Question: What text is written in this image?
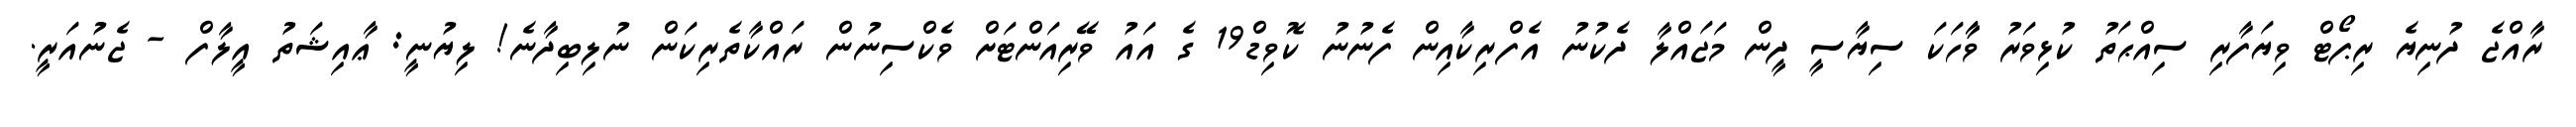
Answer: ރާއްޖެ ދުނިޔެ ރިޕޯޓް ވިޔަފާރި ސިއްޙަތު ކުޅިވަރު ވާާހަކަ ސިޔާސީ ދީން މަޖައްލާ ދެކުނު އެފްރިކާއިން ފެނުނު ކޮވިޑް19 ގެ އައު ވޭރިއަންޓަށް ވެކްސިނުން ރައްކާތެރިކަން ނުލިބިދާނެ! ލިޔުނީ: ޢާއިޝަތު އީލާފް - ޖެނުއަރީ.